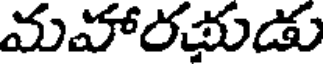
మహారళుడు